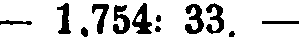
- 1,754: 33. -